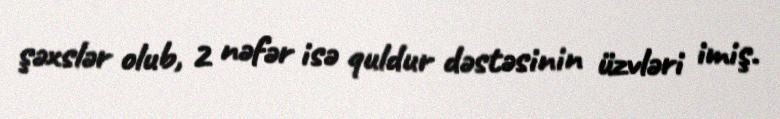
şəxslər olub, 2 nəfər isə quldur dəstəsinin üzvləri imiş.